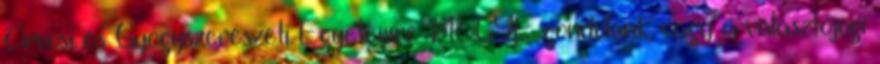
Orvosi és Gyógyszerészeti Egyetemre MOGYE gondolunk, vagy a választójogi